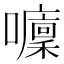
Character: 𡄁